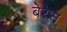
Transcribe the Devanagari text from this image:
बेरेस